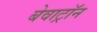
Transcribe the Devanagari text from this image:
बेवाट्रॉन